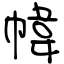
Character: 幃